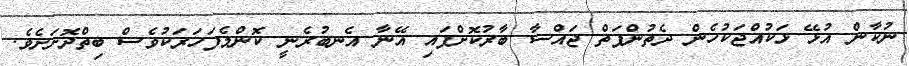
ނުކާން އުޅޭ ޅަކުއްޖަކުހެން ދެތުންފަތް ޖައްސާ ބާރުކޮށްފައި އޭނާ އެނބުރެނީ ކޮންމެފަހަރަކުވެސް ބިތްދޮށަށެވެ.